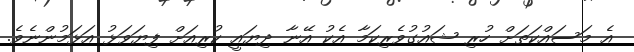
އެ މަސައްކަތަށް ހުރި ޝައުގުވެރިކަމާ އެކު އޭނާ ދިޔައީ ކުރިއަށް ފިޔަވަޅު އަޅަމުންނެވެ.